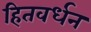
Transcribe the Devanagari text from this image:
हितवर्धन